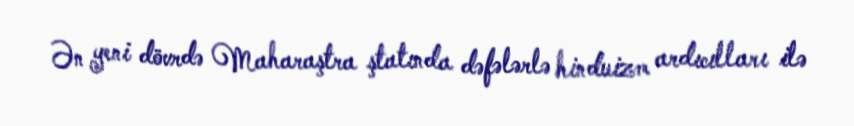
Ən yeni dövrdə Maharaştra ştatında dəfələrlə hinduizm ardıcılları ilə